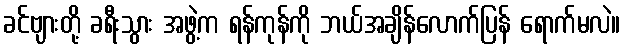
ခင်ဗျားတို့ ခရီးသွား အဖွဲ့က ရန်ကုန်ကို ဘယ်အချိန်လောက်ပြန် ရောက်မလဲ။